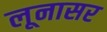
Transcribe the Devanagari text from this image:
लूनासर